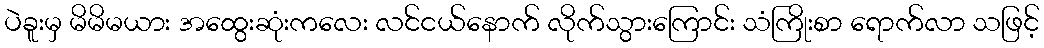
ပဲခူးမှ မိမိမယား အထွေးဆုံးကလေး လင်ငယ်နောက် လိုက်သွားကြောင်း သံကြိုးစာ ရောက်လာ သဖြင့်